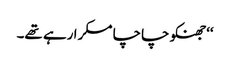
‘‘جھنکو چاچا مسکرا رہے تھے۔